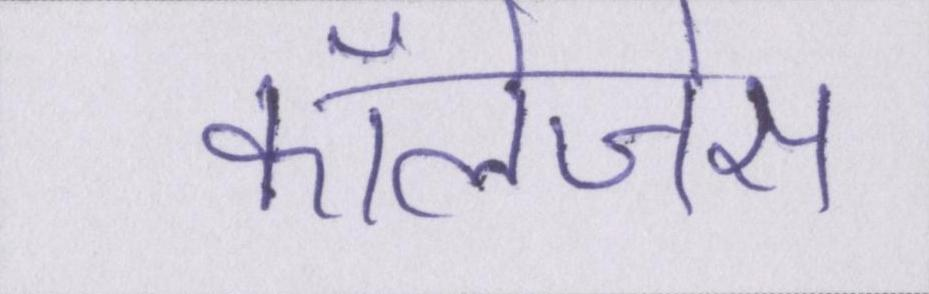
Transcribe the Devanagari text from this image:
कॉलेजेस